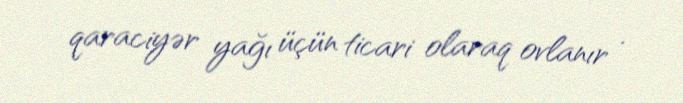
qaraciyər yağı üçün ticari olaraq ovlanır .